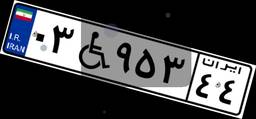
۰۳W۹۵۳۴۴